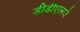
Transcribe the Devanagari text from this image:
डीडीएलजे